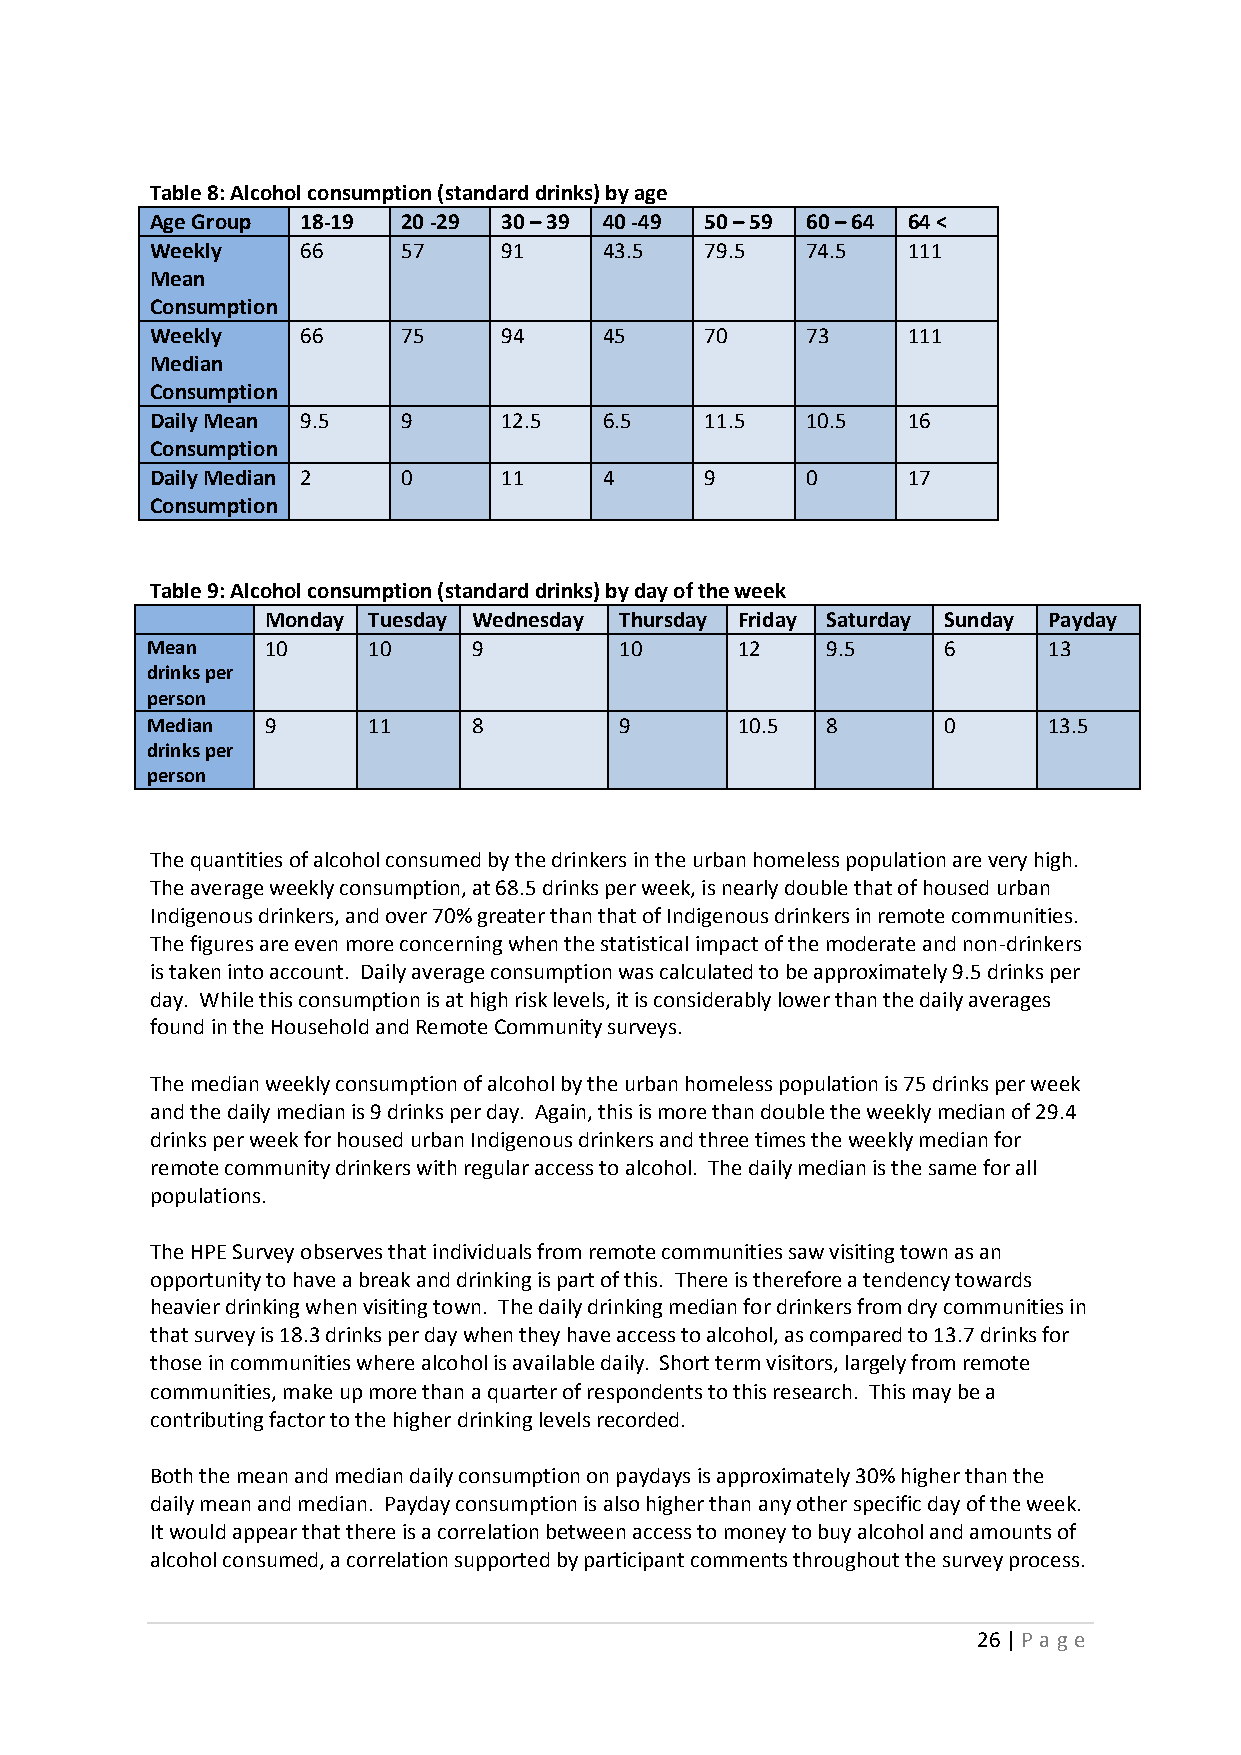
Table 8: Alcohol consumption (standard drinks) by age
 Age Group 18-19  20 -29 30 – 39 40 -49 50 – 59 60 – 64 64 <
 Weekly    66     57    91     43.5   79.5  74.5   111
 Mean
 Consumption
 Weekly    66     75    94     45     70    73     111
 Median
 Consumption
 Daily Mean 9.5   9     12.5   6.5    11.5  10.5   16
 Consumption
 Daily Median 2   0     11     4      9     0      17
 Consumption
 Table 9: Alcohol consumption (standard drinks) by day of the week
 Monday Tuesday Wednesday Thursday Friday Saturday Sunday Payday
 Mean    10    10     9         10      12    9.5    6      13
 drinks per
 person
 Median  9     11     8         9       10.5  8      0      13.5
 drinks per
 person
 The quantities of alcohol consumed by the drinkers in the urban homeless population are very high.
 The average weekly consumption, at 68.5 drinks per week, is nearly double that of housed urban
 Indigenous drinkers, and over 70% greater than that of Indigenous drinkers in remote communities.
 The figures are even more concerning when the statistical impact of the moderate and non-drinkers
 is taken into account. Daily average consumption was calculated to be approximately 9.5 drinks per
 day. While this consumption is at high risk levels, it is considerably lower than the daily averages
 found in the Household and Remote Community surveys.
 The median weekly consumption of alcohol by the urban homeless population is 75 drinks per week
 and the daily median is 9 drinks per day. Again, this is more than double the weekly median of 29.4
 drinks per week for housed urban Indigenous drinkers and three times the weekly median for
 remote community drinkers with regular access to alcohol. The daily median is the same for all
 populations.
 The HPE Survey observes that individuals from remote communities saw visiting town as an
 opportunity to have a break and drinking is part of this. There is therefore a tendency towards
 heavier drinking when visiting town. The daily drinking median for drinkers from dry communities in
 that survey is 18.3 drinks per day when they have access to alcohol, as compared to 13.7 drinks for
 those in communities where alcohol is available daily. Short term visitors, largely from remote
 communities, make up more than a quarter of respondents to this research. This may be a
 contributing factor to the higher drinking levels recorded.
 Both the mean and median daily consumption on paydays is approximately 30% higher than the
 daily mean and median. Payday consumption is also higher than any other specific day of the week.
 It would appear that there is a correlation between access to money to buy alcohol and amounts of
 alcohol consumed, a correlation supported by participant comments throughout the survey process.
 26 | P age